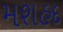
મશહદ